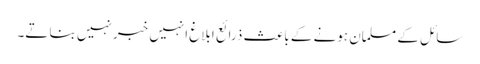
سائل کے مسلمان ہونے کے باعث ذرائع ابلاغ انہیں خبر نہیں بنا تے۔